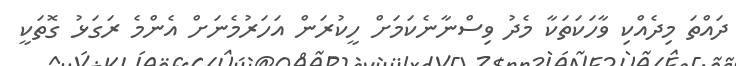
ދައްތަ މިދެއްކި ވާހަކަތަކާ މެދު ވިސްނާނެކަމަށް ހީކުރަން އަހަރުމެނަށް އެންމެ ރަގަޅު ގޮތަކީ